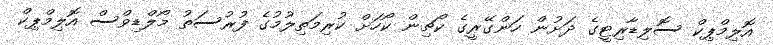
އޮލިމްޕިކް ސޮލިޑާރިޓީގެ ދަށުން ހަންގޭރީގެ ކޯޗިން ކޯހަށް ކުރިމަތިލުމުގެ ފުރުސަތު މޯލްޑިވްސް އޮލިމްޕިކް